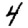
Digit: 4